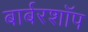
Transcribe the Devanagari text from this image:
बार्बरशॉप